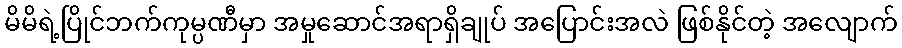
မိမိရဲ့ပြိုင်ဘက်ကုမ္ပဏီမှာ အမှုဆောင်အရာရှိချုပ် အပြောင်းအလဲ ဖြစ်နိုင်တဲ့ အလျောက်